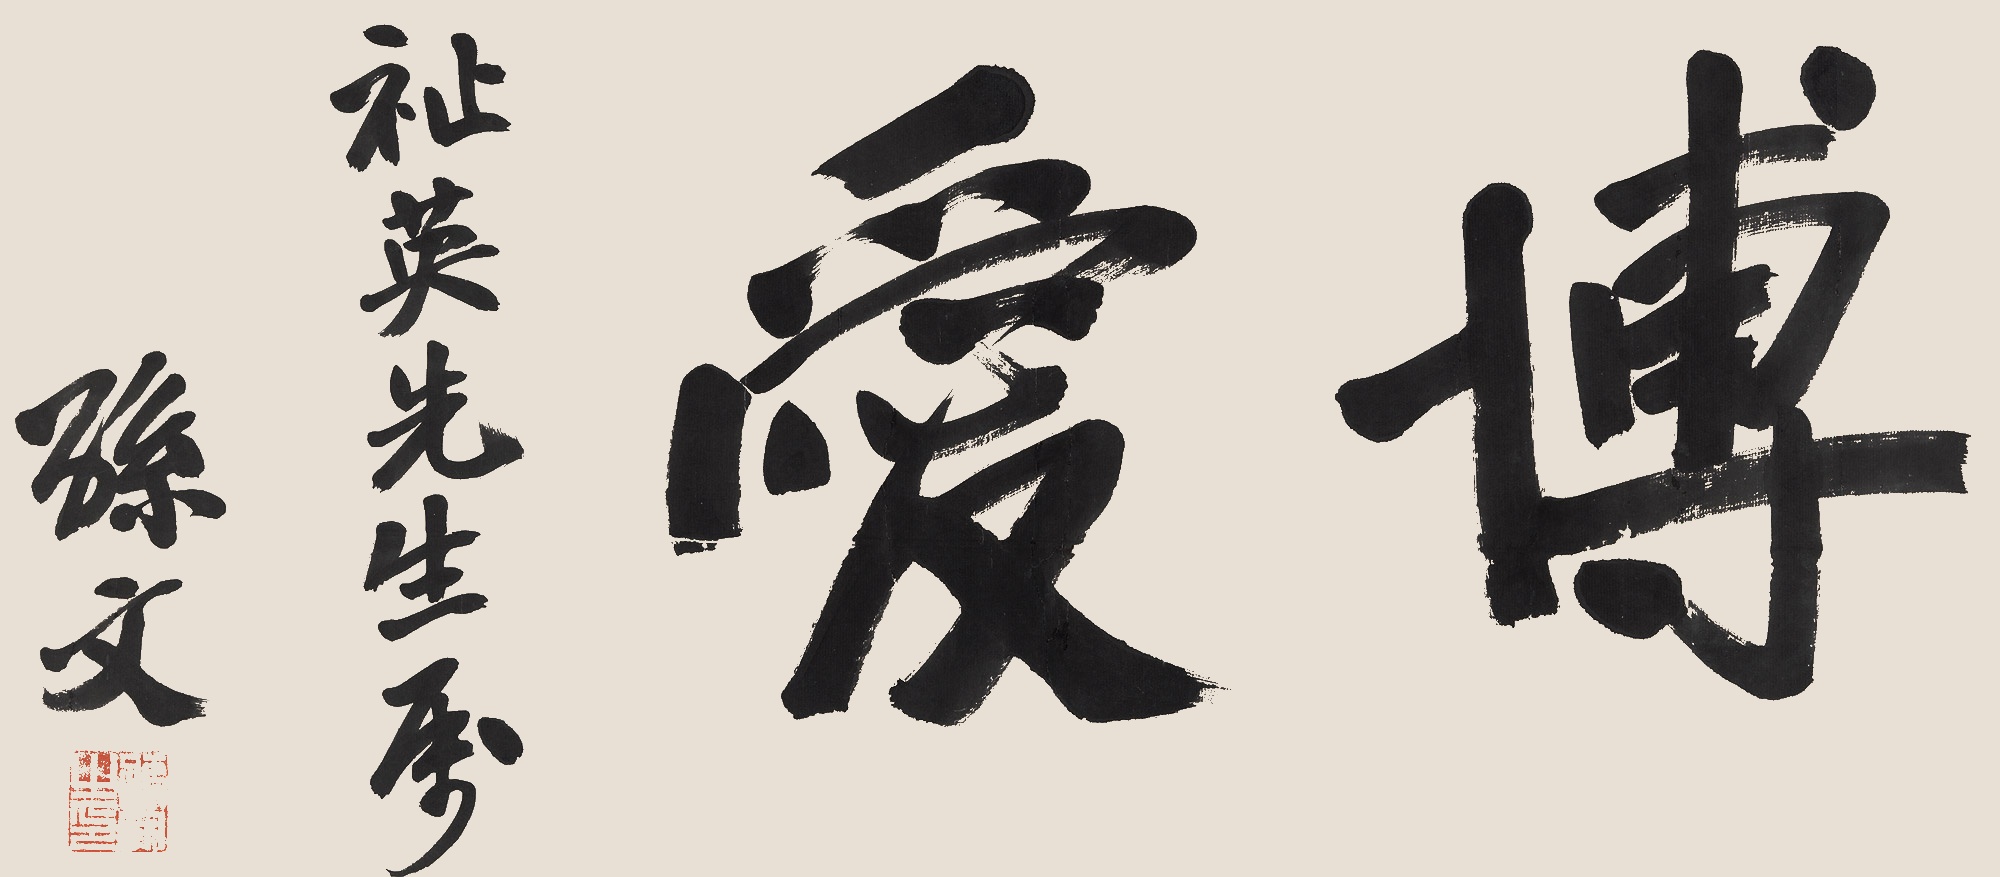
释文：博爱。祉英先生属。孙文。